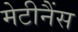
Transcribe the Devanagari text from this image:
मेटीनैंस